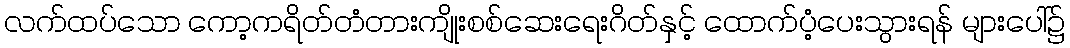
လက်ထပ်သော ကော့ကရိတ်တံတားကျိုးစစ်ဆေးရေးဂိတ်နှင့် ထောက်ပံ့ပေးသွားရန် များပေါ်၌